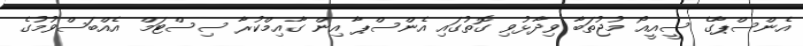
އެންސްޕާގެ ސީއީއޯ މުޖުތަބާ ވިދާޅުވި ގޮތުގައި އެންސްޕާ އިން ގާއިމްކުރާ ސިސްޓަމް އެއްބަސްވުމުގެ